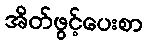
အိတ်ဖွင့်ပေးစာ